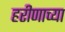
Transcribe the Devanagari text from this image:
हरीणाच्या